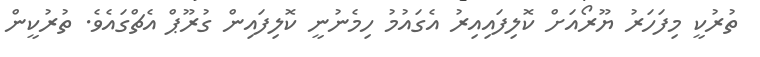
ތުރުކީ މިފަހަރު ޔޫރޯއަށް ކޮލިފައިއިރު އެގައުމު ހިމެނުނީ ކޮލިފައިން ގުރޫޕް އެޗްގައެވެ. ތުރުކީން